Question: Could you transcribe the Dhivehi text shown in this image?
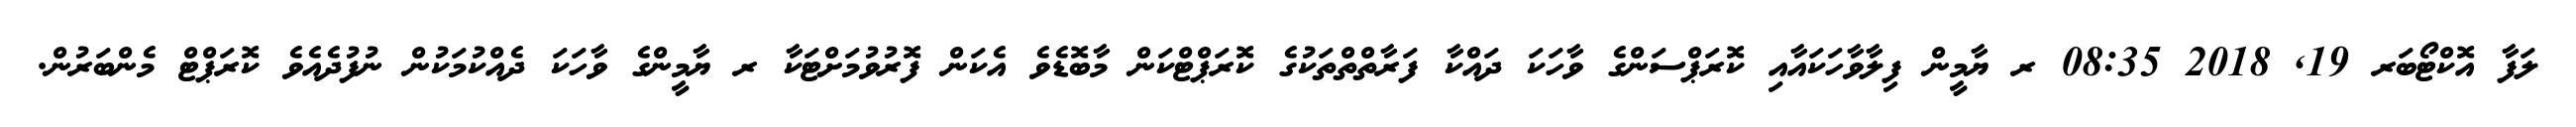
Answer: ލަފާ އޮކްޓޯބަރ 19, 2018 08:35 ރ ޔާމީން ފިލާވާހަކައާއި ކޮރަޕްސަންގެ ވާހަކަ ދައްކާ ފަރާތްތްތަކުގެ ކޮރަޕްޓްކަން މާބޮޑެވެ އެކަން ފޮރުވުމަށްޓަކާ ރ ޔާމީންގެ ވާހަކަ ދެއްކުމަކުން ނުފުދެއެވެ ކޮރަޕްޓް މެންބަރުން.